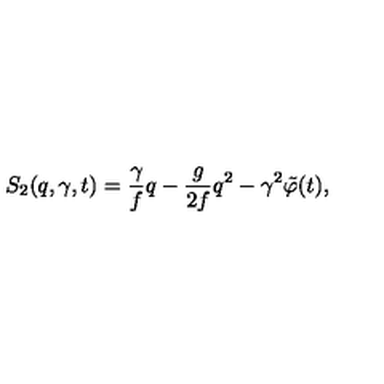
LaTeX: S _ { 2 } ( q , \gamma , t ) = \frac { \gamma } { f } q - \frac { g } { 2 f } q ^ { 2 } - \gamma ^ { 2 } \tilde { \varphi } ( t ) ,